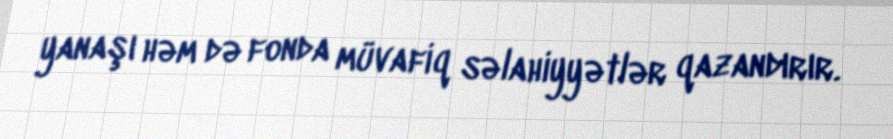
yanaşı həm də fonda müvafiq səlahiyyətlər qazandırır.